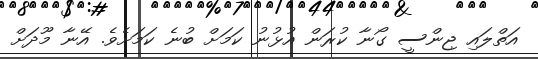
އަތްލައި ޖިންސީ ގޯނާ ކުރަން އުޅުނު ކަމަށް ބުނެ ކަމަށެވެ. އޭނާ މޫދަށް